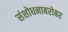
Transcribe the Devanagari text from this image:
संशोधनाबरोबर